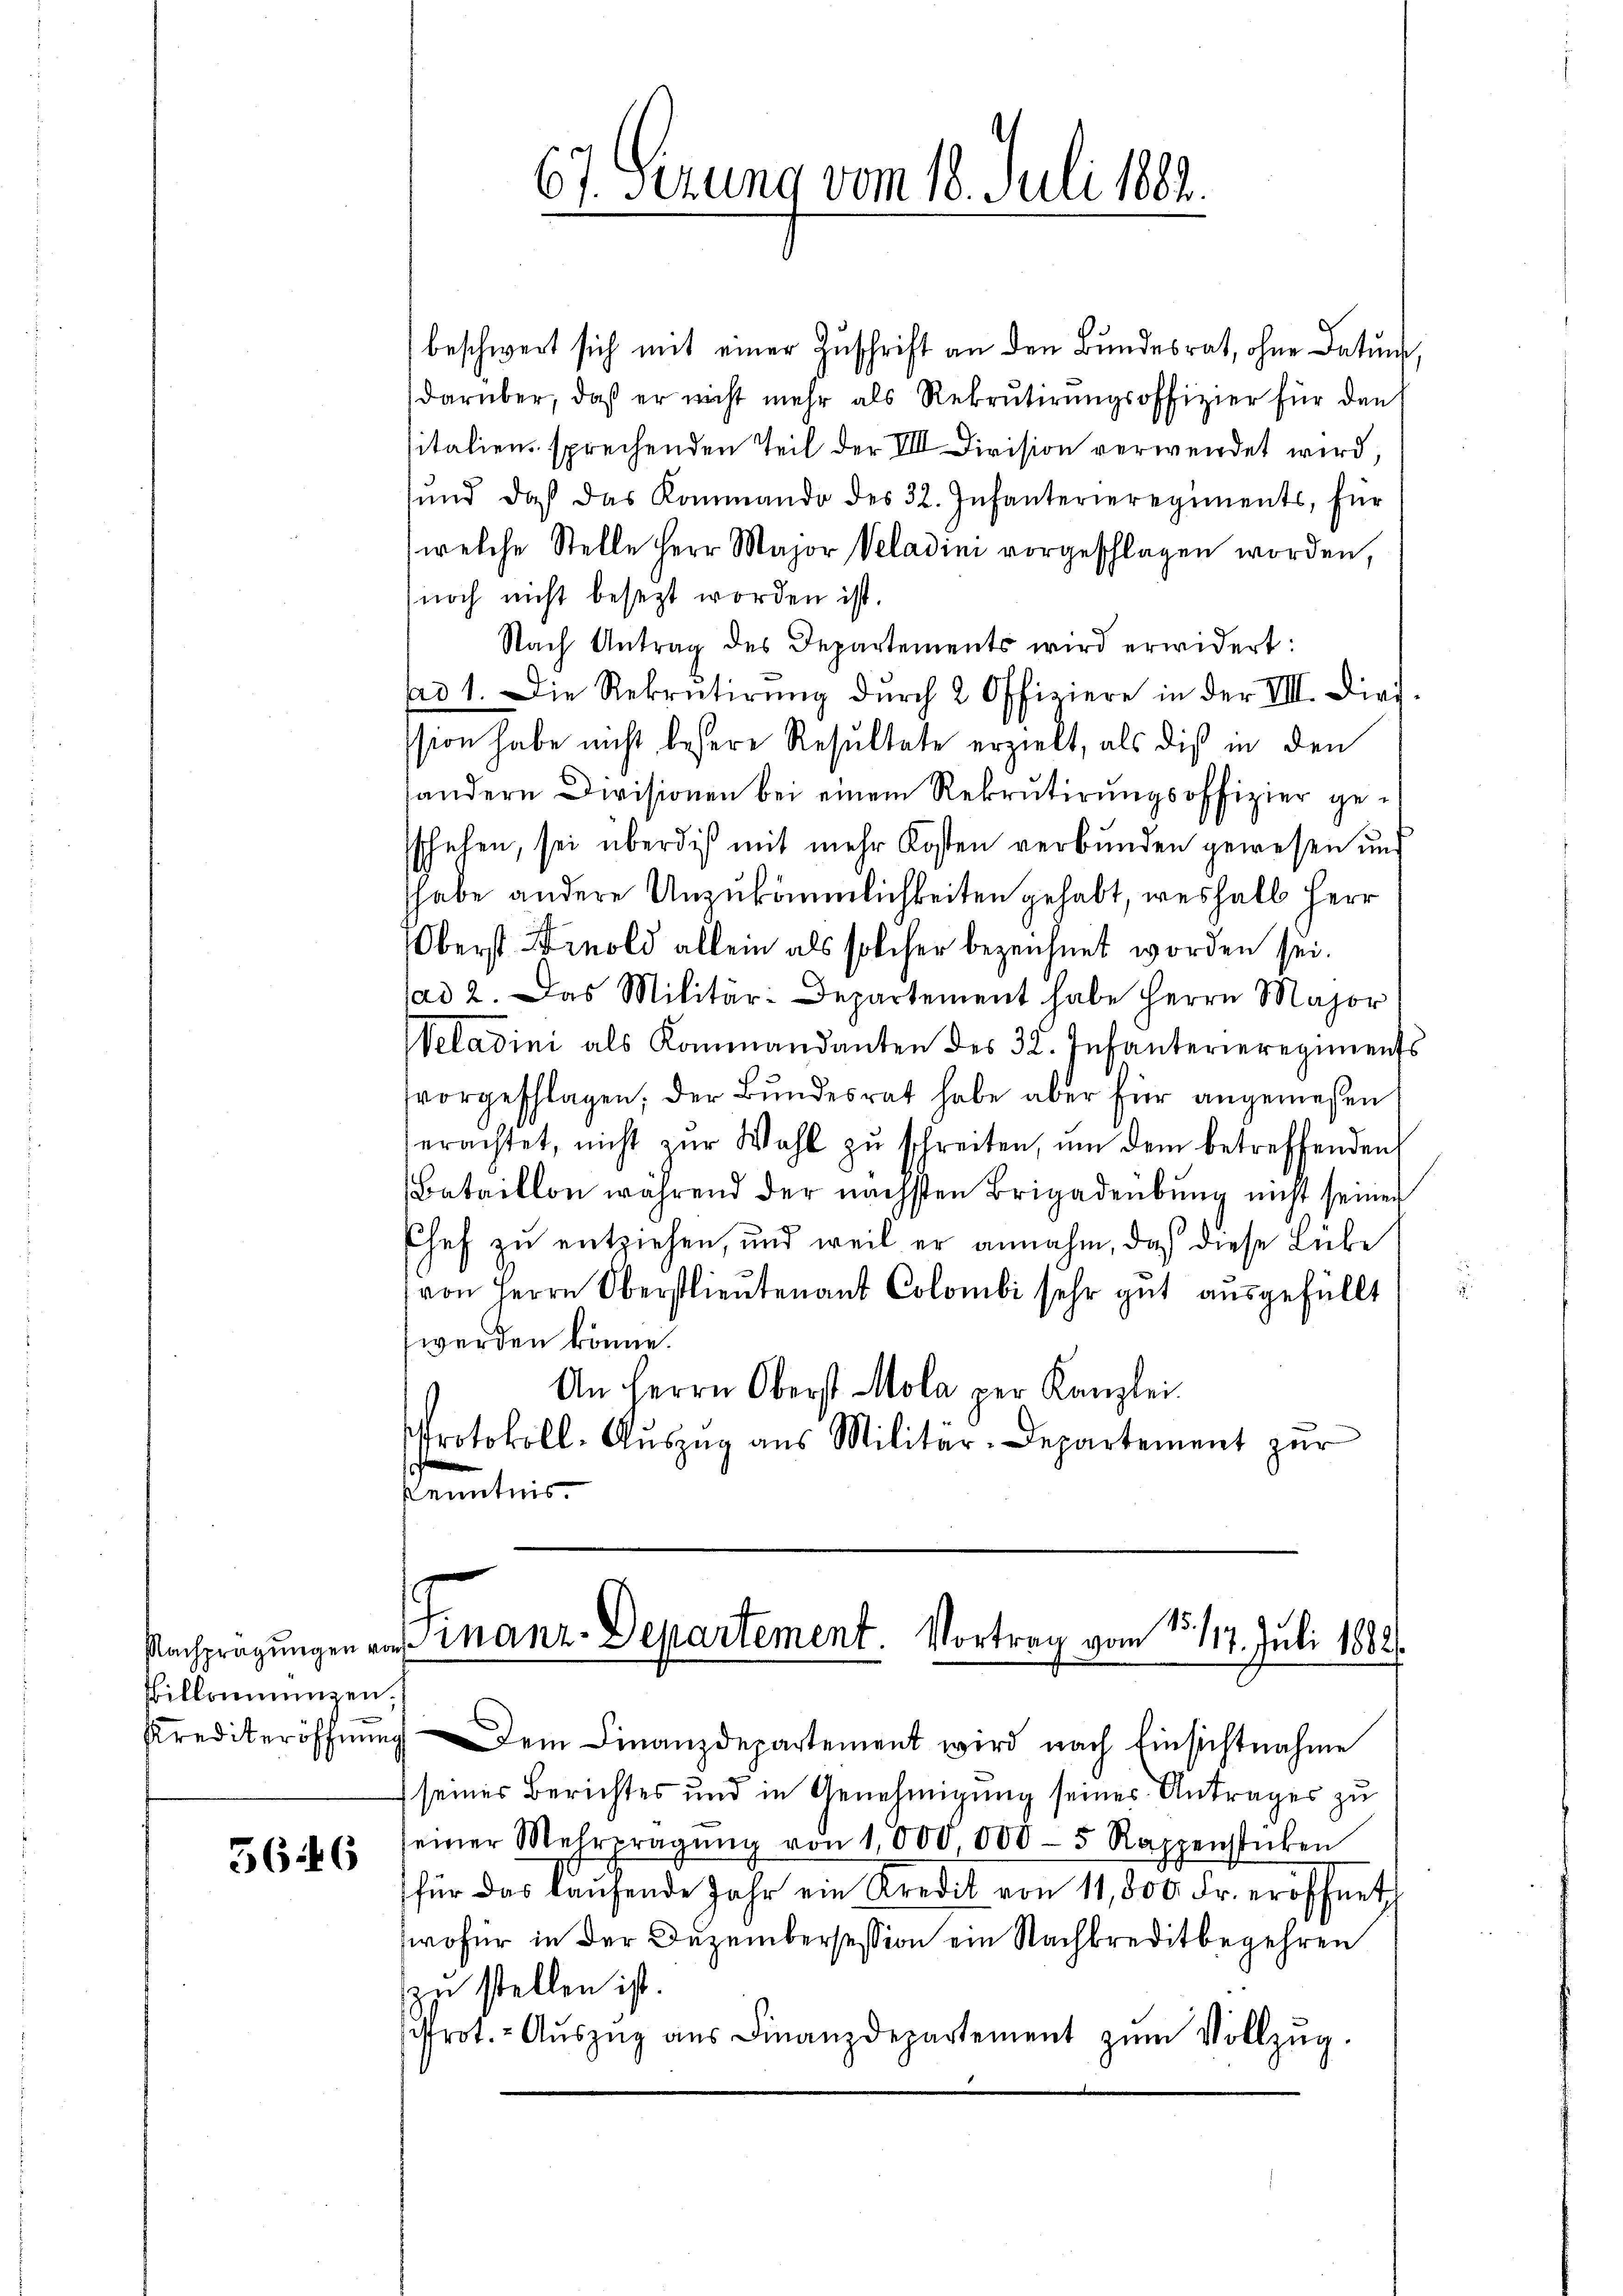
illonienzen.

5646

beschwert sich mit einer Zuschrift an den Bundesrat, ohne Datum,
darüber, daß er nicht mehr als Rekrutirungsoffizier für dan
sitaliens sprechenden Teil der VIII Division verwendet wird,
und daß das Kommando des 32. Infanterieregiments, für
welche Stelle Herr Major Veladini vorgeschlagen worden,
noch nicht besezt worden ist.
Nach Antrag des Departements wird erwidert:
ad 1. Die Rekrutirŭng dŭrch 2 Offiziere in der VIII. Dief.
ssion habe nicht besere Resultate erzielt, als die in den
sondern Divisionen bei einem Rekrutirungsoffizier gesschehen, sei überdiß mit mehr Kosten verbunden gewesen und
habe andere Unzukömmlichkeiten gehabt, weshalb Herr
Oberst Frnold allein als solcher bezeichnet worden sei.
sad 2. Das Militär-Departement habe Herrn Major
Weladini als Kommandanten des 32. Infanterieregiments
vorgeschlagen; der Bundesrat habe aber für angemeßen
erachtet, nicht zŭr Wahl zŭ schreiten, ŭm dem betreffenden
Bataillon während der nächsten Brigadeübung nicht seiner
Chef zu entziehen, und weil er annahm, daß diese Lübe
von Herrn Oberstlieutenant Colombi sehr gut ausgefüllt
werden könne.
An Herrn Oberst Mola per Kanzlei
Protokoll-Aŭszŭg aŭs Militär-Departement zŭr
Kenntnis

67. Sezung vom 18. Juli 1882.

Nachfragungen an Finanz-Departement. Vortrag vom 15. 117. Juli 1888.

Krediteröffnung dem Finanzdepartement wird nach Einsichtnahme
seiner Berichtes und in Genehmigung seines Antrages zu
seiner Mehreragŭng von 1,000,000-5 Rappenstücken
für das laŭfende Jahr ein Kredit von 11,000. Fr. eröffnet
wofür in der Dezembersession ein Nachkreditbegehren
zu stellen ist.
rot. Aŭszŭg aŭs Finanzdepartement zŭm Vollzŭg.